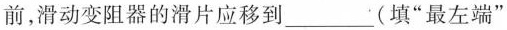
前，滑动变阻器的滑片应移到___(填“最左端”